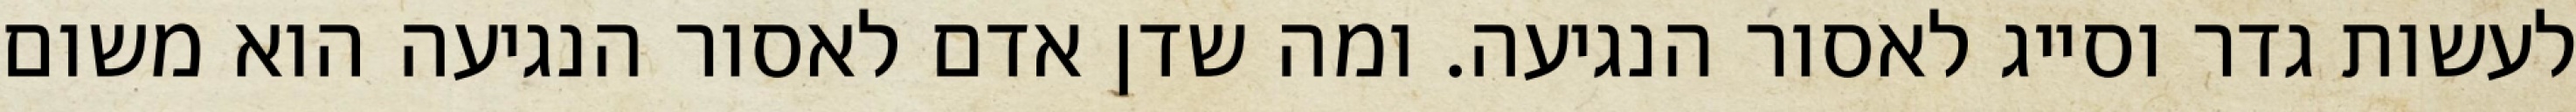
לעשות גדר וסייג לאסור הנגיעה. ומה שדן אדם לאסור הנגיעה הוא משום